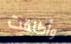
وأطلقت